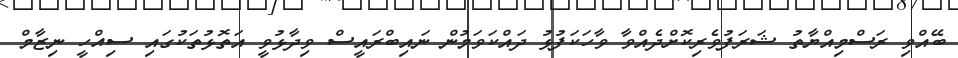
ބޭއްވި ރަސްމިއްޔާތު ޝަރަފުވެރިކޮށްދެއްވާ ވާހަކަފުޅު ދައްކަވަމުން ނައިބްރައީސް ވިދާޅުވީ އަތޮޅުތަކުގައި ސިއްހީ ނިޒާމް